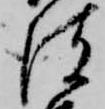
彼